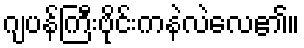
ဂျပန်ကြီးဗိုင်းကနဲလဲလေ၏။